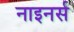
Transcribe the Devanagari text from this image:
नाइनर्स